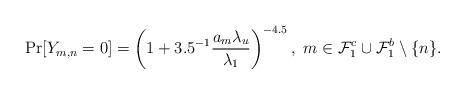
LaTeX: \begin{align*}&\Pr[Y_{m,n}=0]=\left(1+3.5^{-1}\frac{a_m\lambda_u}{\lambda_1}\right)^{-4.5}, \ m\in \mathcal F_1^c \cup \mathcal F_1^b \setminus \{n\}.\end{align*}